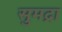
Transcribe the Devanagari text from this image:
सुमद्रा